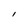
Character: l